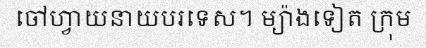
ចៅហ្វាយនាយបរទេស។ ម្យ៉ាងទៀត ក្រុម